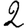
Digit: 2